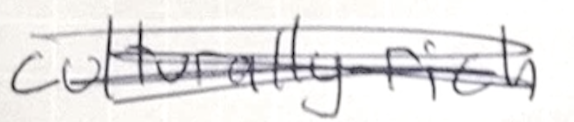
Text: culturally-rich
Cross-out: scratch
Writing tool: pencil